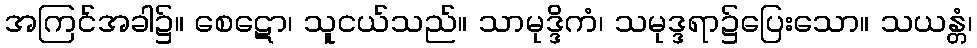
အကြင်အခါ၌။ စေဋော၊ သူငယ်သည်။ သာမုဒ္ဒိကံ၊ သမုဒ္ဒရာ၌ပြေးသော။ သယန္တံ၊